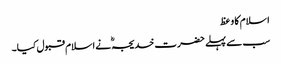
اسلام کا وعظ
سب سے پہلے حضرت خدیجہؓ نے اسلام قبول کیا۔